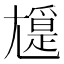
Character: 𡰖